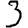
Digit: 3